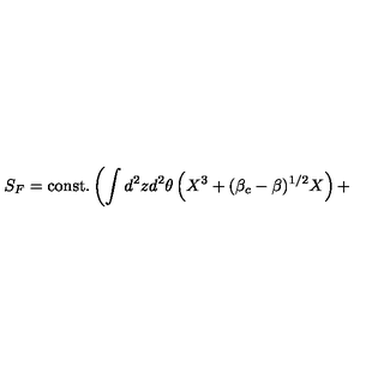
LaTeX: S _ { F } = \mathrm { c o n s t . } \left( \int d ^ { 2 } z d ^ { 2 } \theta \left( X ^ { 3 } + ( \beta _ { c } - \beta ) ^ { 1 / 2 } X \right) + \right. \qquad \qquad \qquad \qquad \nonumber